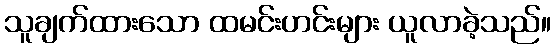
သူချက်ထားသော ထမင်းဟင်းများ ယူလာခဲ့သည်။